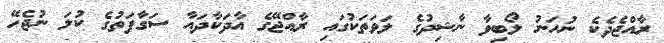
ރާއްޖެދެކެ ނުހަނު ލޯބިވާ ނާޝިދުގެ ލަވަތަކުގައި ރާއްޖޭގެ އާދަކާދައާ ސަގާފަތުގެ ކުލަ ނުޖެހޭ